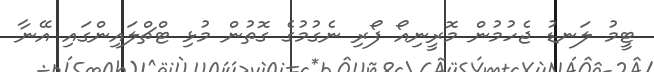
ޓީމު ލަނޑު ޖެހުމުން މޮރީނިއޯ ފޯރި ނެގުމުގެ ގޮތުން މުޅި ޓްޗްލައިންގައި އޭނާ